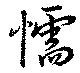
懦